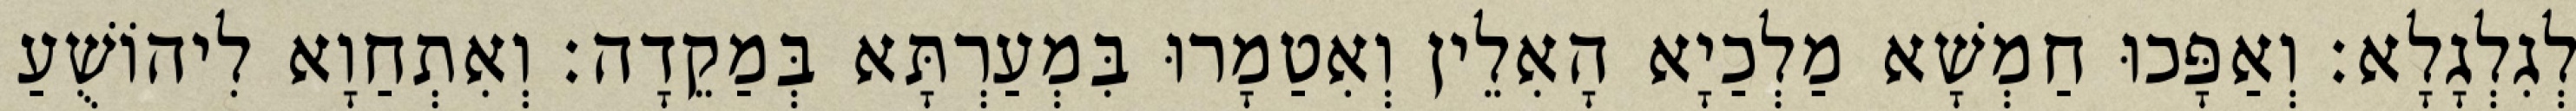
לְגִלְגָלָא׃ וְאַפָּכוּ חַמְשָׁא מַלְכַיָא הָאִלֵין וְאִטַמָרוּ בִּמְעַרְתָּא בְּמַקֵדָה׃ וְאִתְחַוָא לִיהוֹשֻׁעַ